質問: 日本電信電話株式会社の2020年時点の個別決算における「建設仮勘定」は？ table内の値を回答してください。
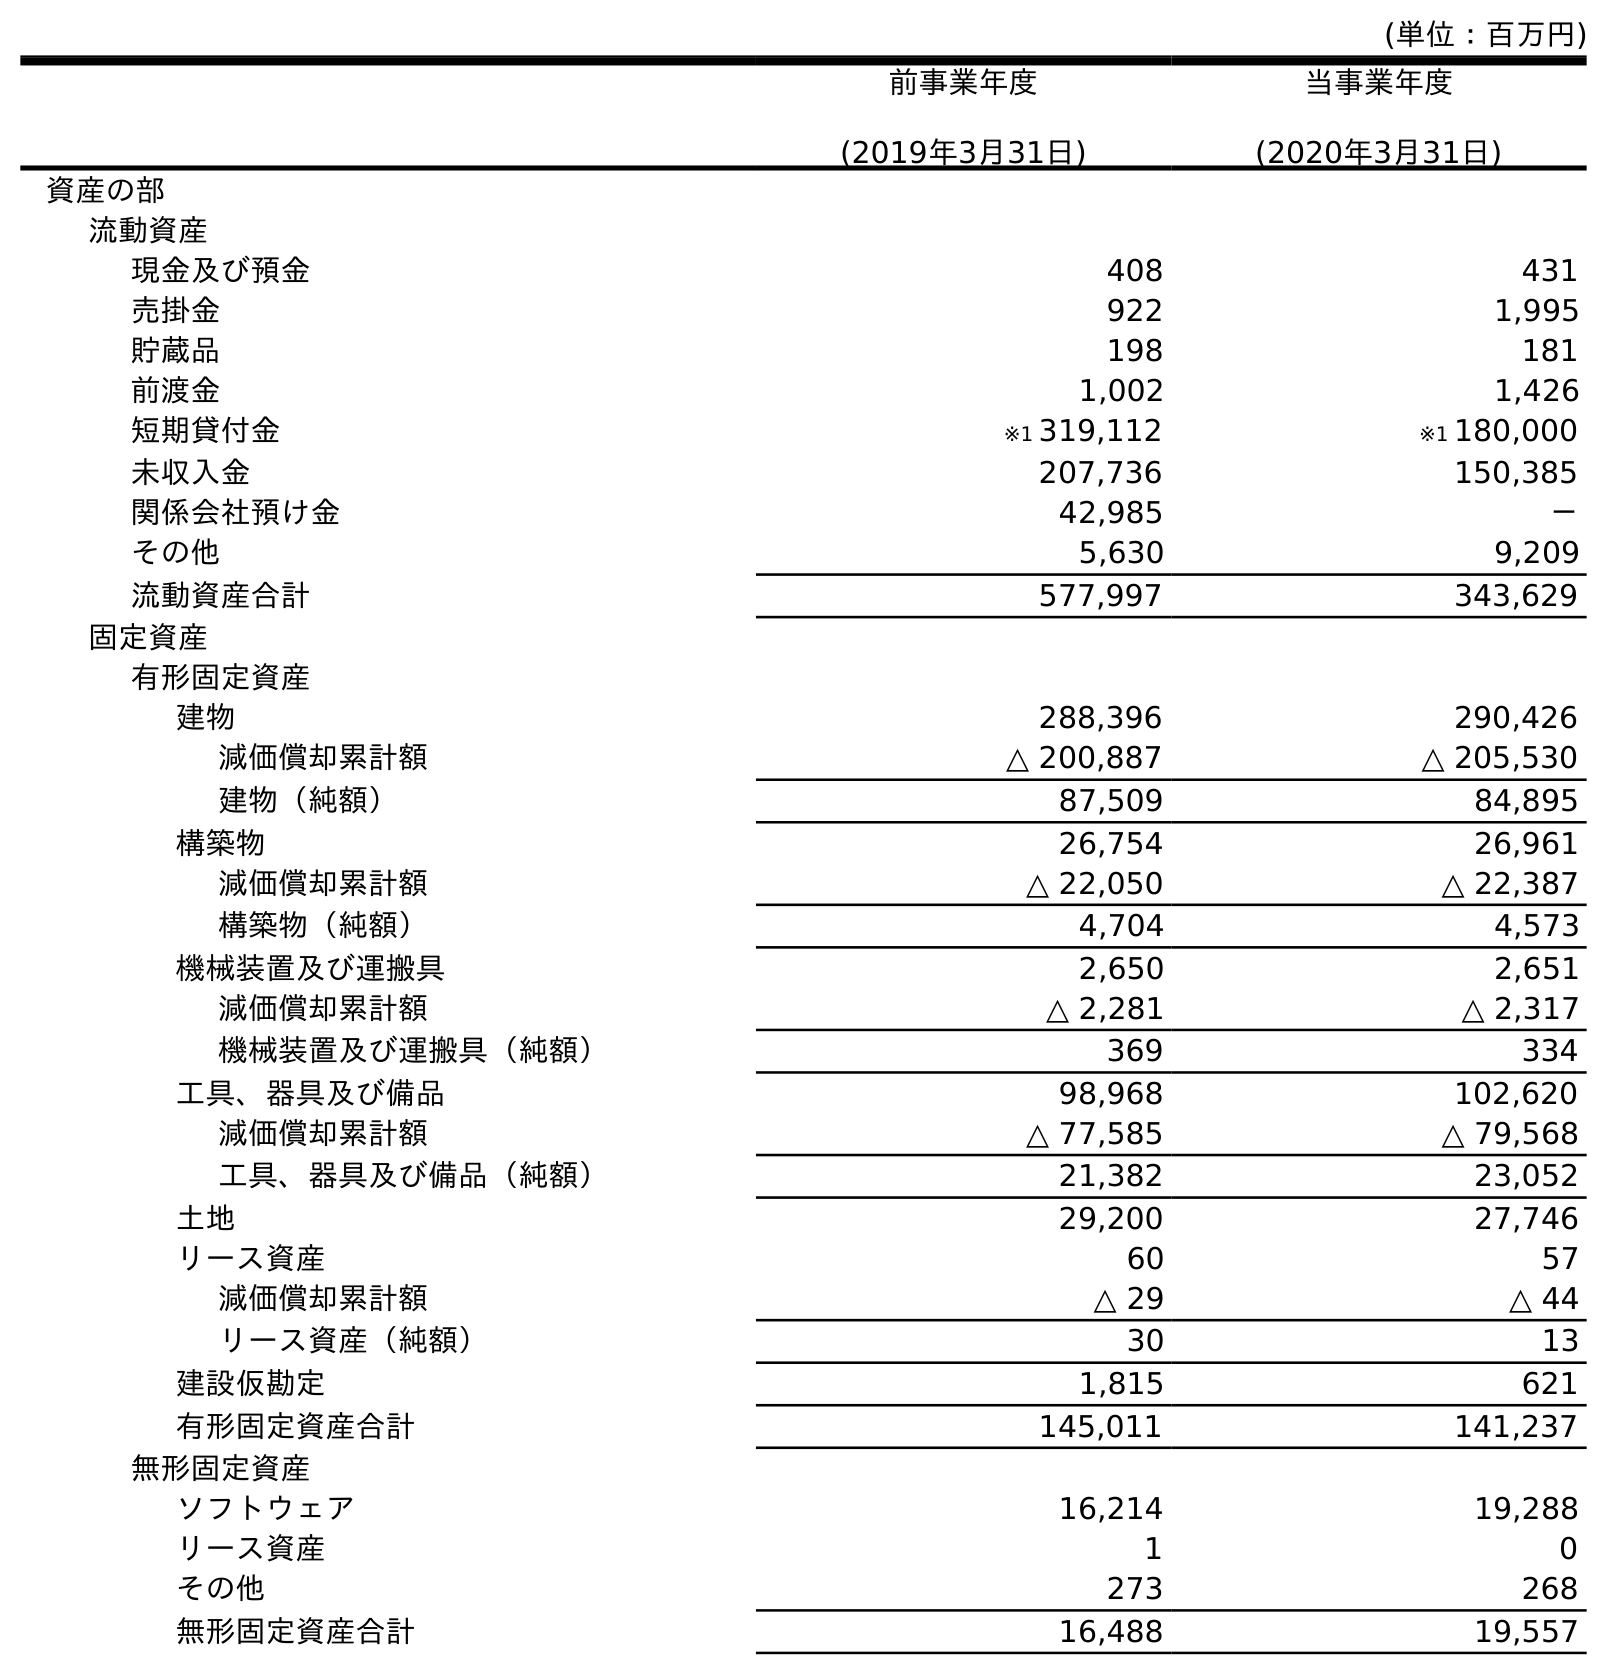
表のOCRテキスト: (単位：百万円) 前事業年度 (2019年3月31日) 当事業年度 (2020年3月31日) 資産の部 流動資産 現金及び預金 408 431 売掛金 922 1,995 貯蔵品 198 181 前渡金 1,002 1,426 短期貸付金 ※1 319,112 ※1 180,000 未収入金 207,736 150,385 関係会社預け金 42,985 － その他 5,630 9,209 流動資産合計 577,997 343,629 固定資産 有形固定資産 建物 288,396 290,426 減価償却累計額 △ 200,887 △ 205,530 建物（純額） 87,509 84,895 構築物 26,754 26,961 減価償却累計額 △ 22,050 △ 22,387 構築物（純額） 4,704 4,573 機械装置及び運搬具 2,650 2,651 減価償却累計額 △ 2,281 △ 2,317 機械装置及び運搬具（純額） 369 334 工具、器具及び備品 98,968 102,620 減価償却累計額 △ 77,585 △ 79,568 工具、器具及び備品（純額） 21,382 23,052 土地 29,200 27,746 リース資産 60 57 減価償却累計額 △ 29 △ 44 リース資産（純額） 30 13 建設仮勘定 1,815 621 有形固定資産合計 145,011 141,237 無形固定資産 ソフトウェア 16,214 19,288 リース資産 1 0 その他 273 268 無形固定資産合計 16,488 19,557
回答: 621